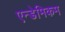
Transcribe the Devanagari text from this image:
एन्डेमिकम